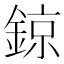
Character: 鍄